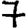
Digit: 7